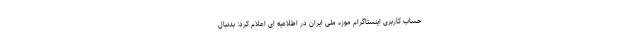
حساب کاربری اینستاگرام موزه ملی ایران در اطلاعیه ای اعلام کرد: بدنبال